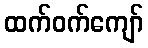
ထက်ဝက်ကျော်